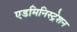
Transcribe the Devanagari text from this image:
एडमिनिस्ट्रेशन